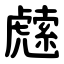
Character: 䖛